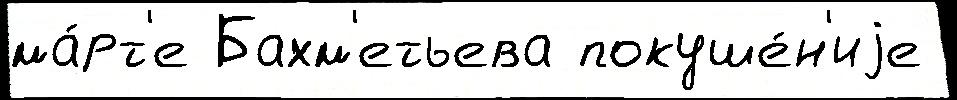
ма́рт'е Бахм'етьева покуше́н'иjе